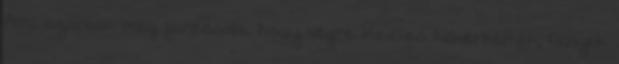
Ami azonban még fontosabb, hogy végre Kedves Nővérkémék, Ginyék